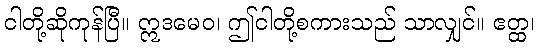
ငါတို့ဆိုကုန်ပြီ။ ဣဒမေဝ၊ ဤငါတို့စကားသည် သာလျှင်။ ဧတ္ထ၊